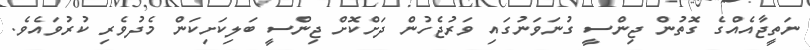
ނަތީޖާއެއްގެ ގޮތުން ޖިންސީ ގުނަވަނުގައި ވަރުޖެހުން ދަށްކޮށް ޖިންސީ ބަލިކަށިކަން މެދުވެރި ކުރުވައެވެ.